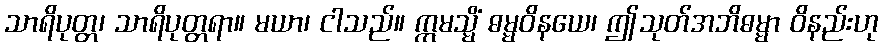
သာရိပုတ္တ၊ သာရိပုတ္တရာ။ မယာ၊ ငါသည်။ ဣမသ္မိံ ဓမ္မဝိနယေ၊ ဤသုတ်အဘိဓမ္မာ ဝိနည်းဟု